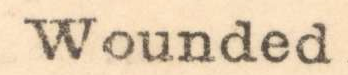
Wounded